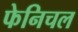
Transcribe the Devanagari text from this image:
फेनिचल